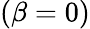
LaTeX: (\beta=0)